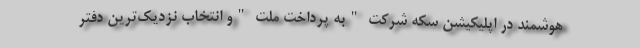
هوشمند در اپلیکیشن سکه شرکت "به پرداخت ملت "و انتخاب نزدیک‌ترین دفتر